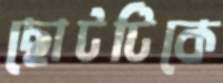
ছোটটিকে